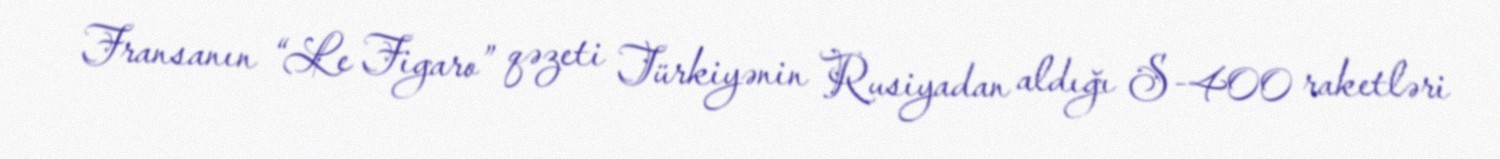
Fransanın “Le Figaro” qəzeti Türkiyənin Rusiyadan aldığı S-400 raketləri